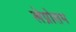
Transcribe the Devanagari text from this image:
लेप्रोसम